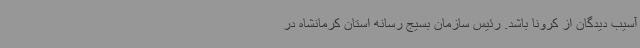
آسیب دیدگان از کرونا باشد. رئیس سازمان بسیج رسانه استان کرمانشاه در